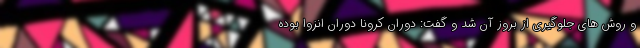
و روش های جلوگیری از بروز آن شد و گفت: دوران کرونا دوران انزوا بوده